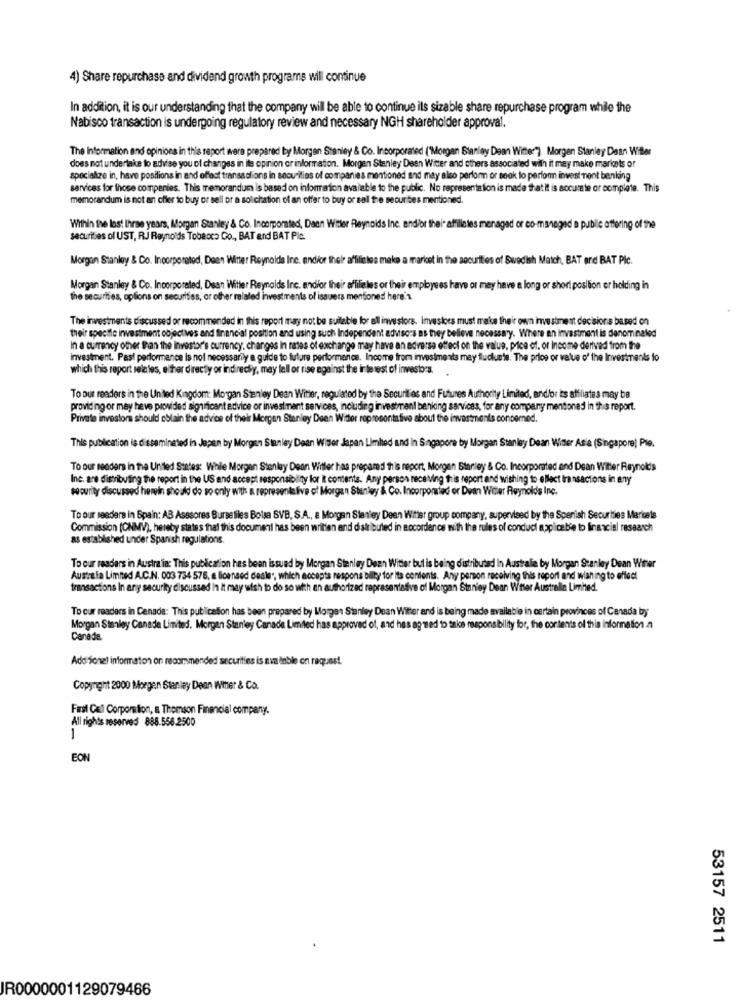
4) Share repurchase and dividend growth programs will continue
In addition, it is our understanding that the company will be able to continue ils sizable share repurchase program while the
Nabisco transaction is undergoing regulatory review and necessary NGH shareholder approval.
The Information and opinions in this report were prepared by Morgan Stanley & Co. Incorporated ("Morgan Stanley Dean Witter"] Morgen Stanley Dean Willer
does not undertake to advise you of changes in its opinion or information. Morgan Stanley Dean Witter and others associated with it may make markets or
specialize in, have positions in and effect transactions in securities of companies mentioned and may also perform or seok to perfon investment benlang
services for those companies. This memorandum is based on information available to the public. No representation is made that it is accurate or complete. This
memorandum is not an cher to buy or sell or a solchation of an offer to buy or sell the securities mentioned.
Within the los! Ihree years, Morgan Stanley & Co. Incorporated, Dann Witter Reynolds Inc. and/or thei- affiliates menagad or co-managed a public offering of the
securities of UST, RJ Reynolds Tobacco Co ., BAT and BAT Pic.
Morgan Stanley & Co. Incorporated, Dean Winter Reynolds Inc. and/or thel affiliates make a market in the securities of Swedish Match, BAT and BAT Plc.
Morgan Stanley & Co. Incorporated, Dean Witter Reynolds Inc. andfor their affilie les or their employees have or may have a long or short position or holding in
the securities, oplions on securities, or other related investments of issuers mentioned here's.
The investments discussed or recommended in this report may not be suitable for all investors. Investoes must make their own investment decisions based on
their specifie investment objectives and financial position and using such Independent advisors as they believe necessary. Where an Investment is denominaled
In a currency other than the investor's currency, changes In rates of exchange may have an adverse effect on the value, price of, or Income derived from the
investment. Past performance is not necessarily a guide to future performence. Income from investments may fluctuate. The price or value of the Investments to
which this report rela les, either directly or indirecty, may lall or rise against the interest of investors.
To our readers in the United Kingdom: Morgan Stanley Dean Witter, regulated by the Securities and Futures Authority Limited, and/or its affiliates may be
providing or may have provided significant advice or investment services, including investment banking services, for any company mentioned in the report.
Private investors should colain the advice of their Morgan Stanley Deen Witter representa tive about the investments concerned.
This publication is disseminated in Japan by Morgan Stanley Dean Wiser Japan Limited and in Singapore by Morgan Stanley Dean Winter Asia (Singapore) Pie.
To our readers in the United States: Whie Morgan Stanley Dean Witter has prepared this report, Morgen Stanley & Co. Incorporated and Dean Witter Reynolds
Inc. are distributing the report in the US and accept responsibility for i contents. Any person receiving this report and wishing to ellect transactions in any
security discussed hewein should do so only with a representative of Morgan Stanley & Co. Incorporated or Dean Witer Reynolds Inc.
To our readers in Spain: AB Asesores Burse files Bolsa SVB, S.A ., a Morgan Stanley Deen Witter group company, supervised by the Spanish Securities Maricela
Commission (CNMV), hereby states that this document has been written and distributed in accordance with the rules of conduct applicable to finesciel research
as established under Spanish regulations.
To our readers in Austra in: This publication has been issued by Morgan Stanley Dean Witter bul is being distributed In Australie by Morgan Stanley Dean Wirer
Australa Limited A.C.N. 003 734 576, a licensed deale", which accepts respons bility for its contents. Any person receiving this report and wishing to effect
transactions In any security discussed in It may wish to do so with an authorized representative of Morgan Stanley Dean Wtser Australie Limited.
To our readers in Canada: This publication has been prepared by Morgan Stanley Dean Witter and is being made available in certain provinces of Canada by
Morgan Stanley Canade Limited. Morgan Stanley Canade Limited has approved of, and has ag med to take responsibility for, the contents of this information.a
Canada.
Add Sonel information on recommended securities is zva inble on request.
Copyright 2000 Morgan Stanley Dean Wiher & Co.
First Col Corporation, a. Thomson Financial company.
All rights reserved 888.556.2500
EON
53157 2511
JR0000001129079466